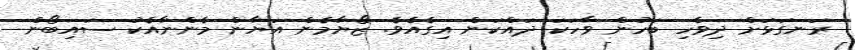
ރަނގަޅަށް ދިވެހި ބަހުން ވާހަކަ ދައްކަން އިގެއެވެ. ޒޯޔާމެން އަޔާން މެންނާއެކު ސައިބޯން